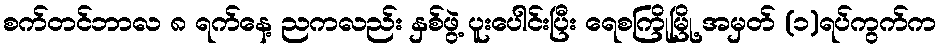
စက်တင်ဘာလ ၈ ရက်နေ့ ညကလည်း နှစ်ဖွဲ့ ပူးပေါင်းပြီး ရေစကြိုမြို့ အမှတ် (၁)ရပ်ကွက်က